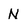
Character: N